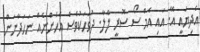
އެދިޔައީ އޭ. އައި އެމް ސޯ ސޮރީ ލާލާ. ދުވަހަކުވެސް އެހެންނެއް ނަހަދާނަން